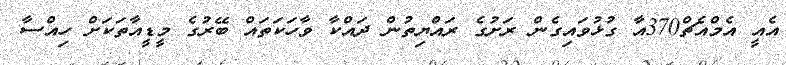
އެއީ އެމްއެޗް370އާ ގުޅުވައިގެން ރަށުގެ ރައްޔިތުން ދައްކާ ވާހަކަތައް ބޭރުގެ މީޑީއާތަކަށް ހިއްސާ